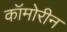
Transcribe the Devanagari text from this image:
कॉमोरीन